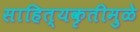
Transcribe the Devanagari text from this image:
साहित्यकृतीमुळे